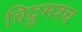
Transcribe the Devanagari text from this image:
विद्रुमश्च